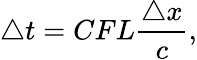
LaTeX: \triangle t=CFL\frac{\triangle x}{c},